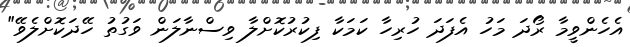
އެހެންވީމާ ރޯދަ މަހު އެފަދަ ހުރިހާ ކަމަކާ ފިކުރުކޮށްލާ ވިސްނާލަން ވަގުތު ހޭދަކޮށްލެވޭ"